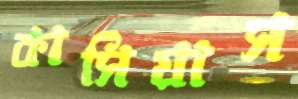
কাসিয়াস